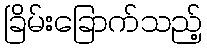
ခြိမ်းခြောက်သည့်